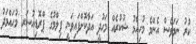
ކުރު ނަމަވެސް އެންމެ މުހިއްމު ޝުކުރެއް މަޙުދީ އަދާކޮށްފައިވަނީ ފިލްމުގެ ޕްރޮޑިއުސަރ މުޙައްމަދު